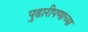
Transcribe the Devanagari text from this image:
पुढारीपणाच्या